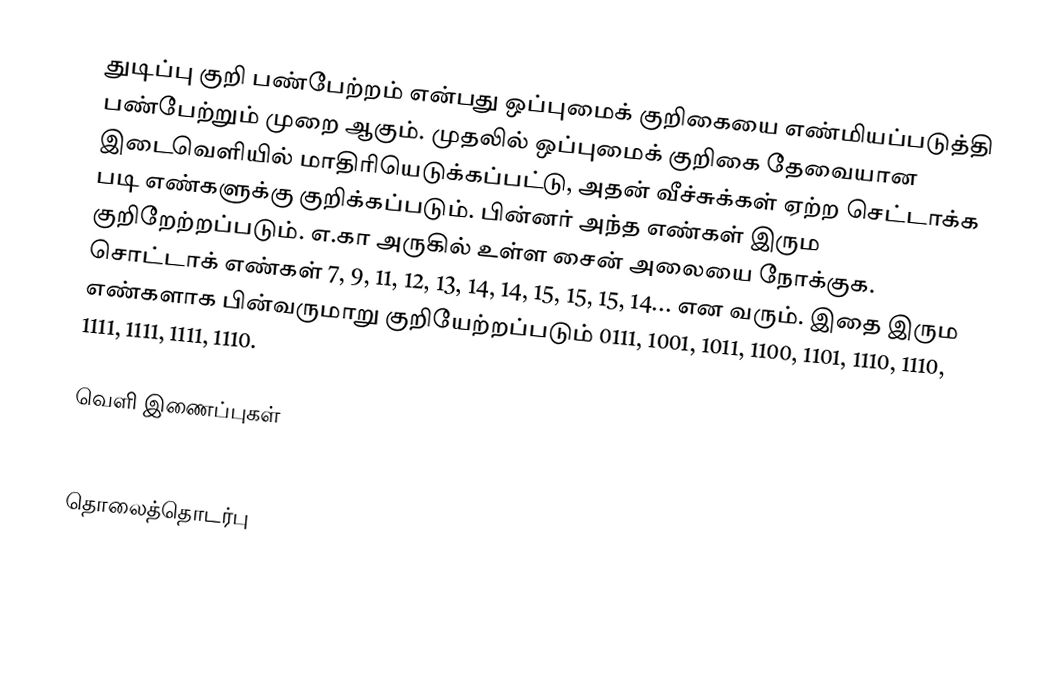
துடிப்பு குறி பண்பேற்றம் என்பது ஒப்புமைக் குறிகையை எண்மியப்படுத்தி பண்பேற்றும் முறை ஆகும். முதலில் ஒப்புமைக் குறிகை தேவையான இடைவெளியில் மாதிரியெடுக்கப்பட்டு, அதன் வீச்சுக்கள் ஏற்ற செட்டாக்க படி எண்களுக்கு குறிக்கப்படும். பின்னர் அந்த எண்கள் இரும குறிறேற்றப்படும். எ.கா அருகில் உள்ள சைன் அலையை நோக்குக. சொட்டாக் எண்கள் 7, 9, 11, 12, 13, 14, 14, 15, 15, 15, 14... என வரும். இதை இரும எண்களாக பின்வருமாறு குறியேற்றப்படும் 0111, 1001, 1011, 1100, 1101, 1110, 1110, 1111, 1111, 1111, 1110.

வெளி இணைப்புகள்
 http://cbdd.wsu.edu/kewlcontent/cdoutput/tr502/page13.htm

தொலைத்தொடர்பு